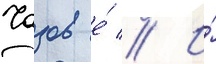
Чазов е́ // И́